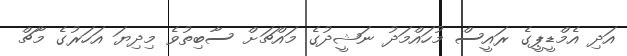
އަދި އެމްޑީޕީގެ ރައީސް މުހައްމަދު ނަޝީދުގެ މައްޗަށް ސާބިތުވެ މިދިޔަ އަހަރުގެ މާޗް